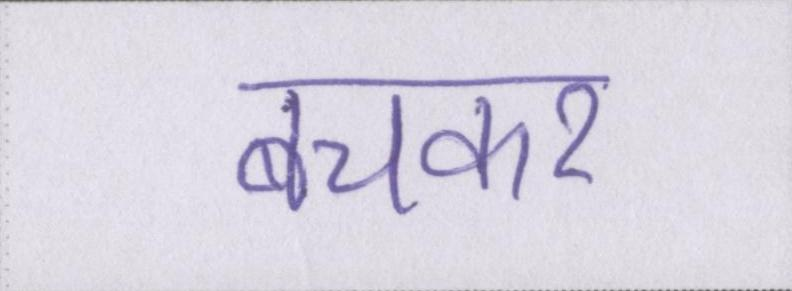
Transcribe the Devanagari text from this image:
बचकर